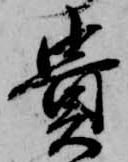
貴